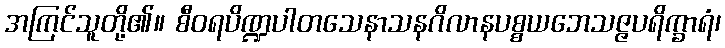
အကြင်သူတို့၏။ စီဝရပိဏ္ဍပါတသေနာသနဂိလာနပစ္စယဘေသဇ္ဇပရိက္ခာရံ၊